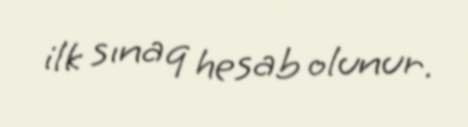
ilk sınaq hesab olunur.